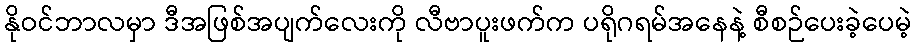
နိုဝင်ဘာလမှာ ဒီအဖြစ်အပျက်လေးကို လီဗာပူးဖက်က ပရိုဂရမ်အနေနဲ့ စီစဉ်ပေးခဲ့ပေမဲ့